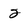
Character: 2